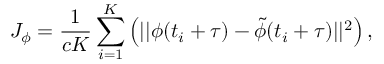
J _ { \phi } = \frac { 1 } { c K } \sum _ { i = 1 } ^ { K } \left( | | \phi ( t _ { i } + \tau ) - \tilde { \phi } ( t _ { i } + \tau ) | | ^ { 2 } \right) ,